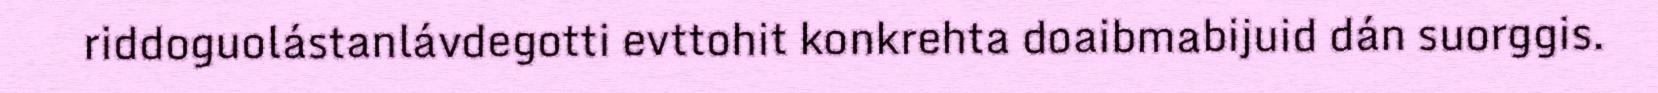
riddoguolástanlávdegotti evttohit konkrehta doaibmabijuid dán suorggis.